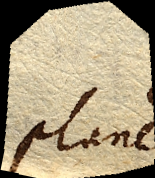
plane